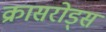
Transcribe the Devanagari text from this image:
क्रासरोड्स